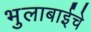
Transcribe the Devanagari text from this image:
भुलाबाईचे